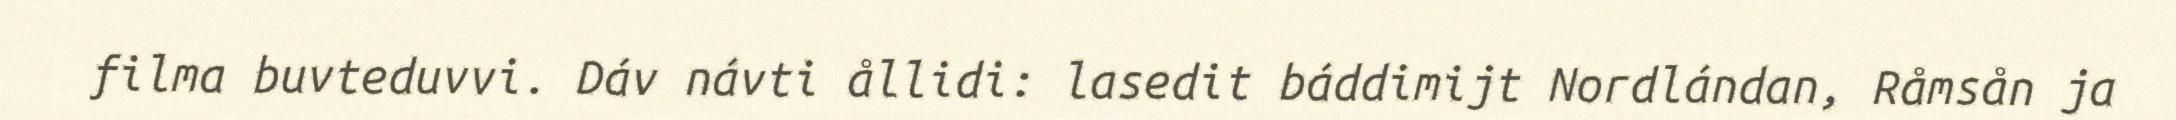
filma buvteduvvi. Dáv návti ållidi: lasedit báddimijt Nordlándan, Råmsån ja